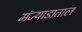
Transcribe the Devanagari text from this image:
मंज्याडाताल